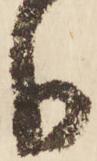
分